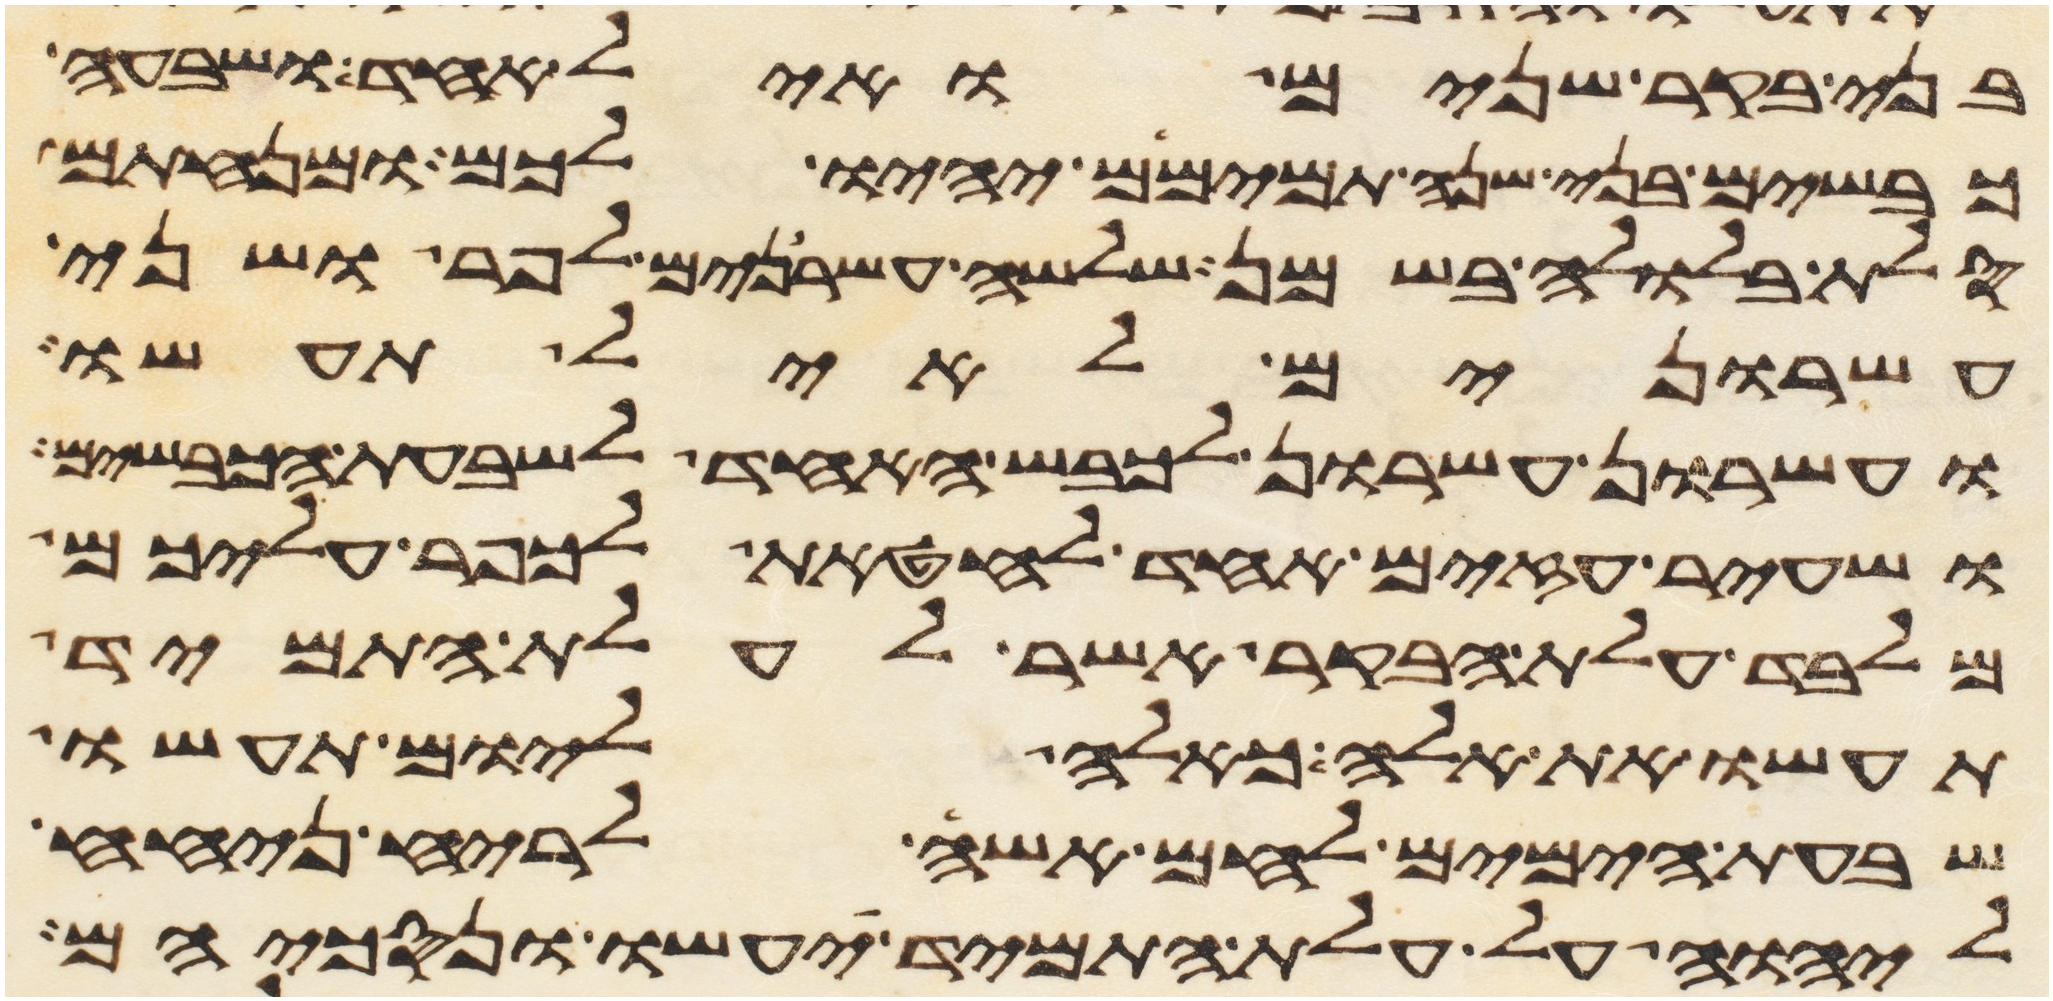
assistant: בני בקר שנים ואיל אחד ושבעה
כבשים בני שנה תמימם יהיו לכם ומנחתם
סלת בלולה בשמן שלשה עשרנים לפר ושני
עשרנים לאיל תעשו
ועשרון עשרון לכבש האחד לשבעת הכבשים
ושעיר עזים אחד לחטאת לכפר עליכם
מלבד עלת הבקר אשר לעלת התמיד
תעשו את אלה כאלה ליום תעשו
שבעת הימים לחם אשה לריח ניחח
ליהוה על עלת התמיד יעשו ונסכיהם